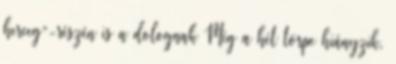
herceg”-részén is a dolognak Még a hét törpe hiányzik,